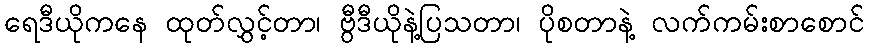
ရေဒီယိုကနေ ထုတ်လွှင့်တာ၊ ဗွီဒီယိုနဲ့ပြသတာ၊ ပိုစတာနဲ့ လက်ကမ်းစာစောင်